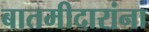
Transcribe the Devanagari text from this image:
बातमीदारांना